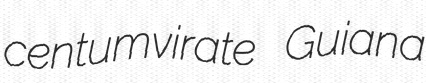
centumvirate Guiana